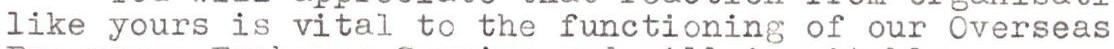
like yours is vital to the functioning of our Overseas